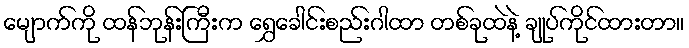
မျောက်ကို ထန်ဘုန်းကြီးက ရွှေခေါင်းစည်းဂါထာ တစ်ခုထဲနဲ့ ချုပ်ကိုင်ထားတာ။